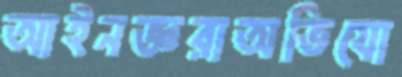
আইনজ্ঞরাঅভিযো